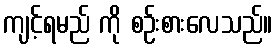
ကျင့်ရမည် ကို စဉ်းစားလေသည်။